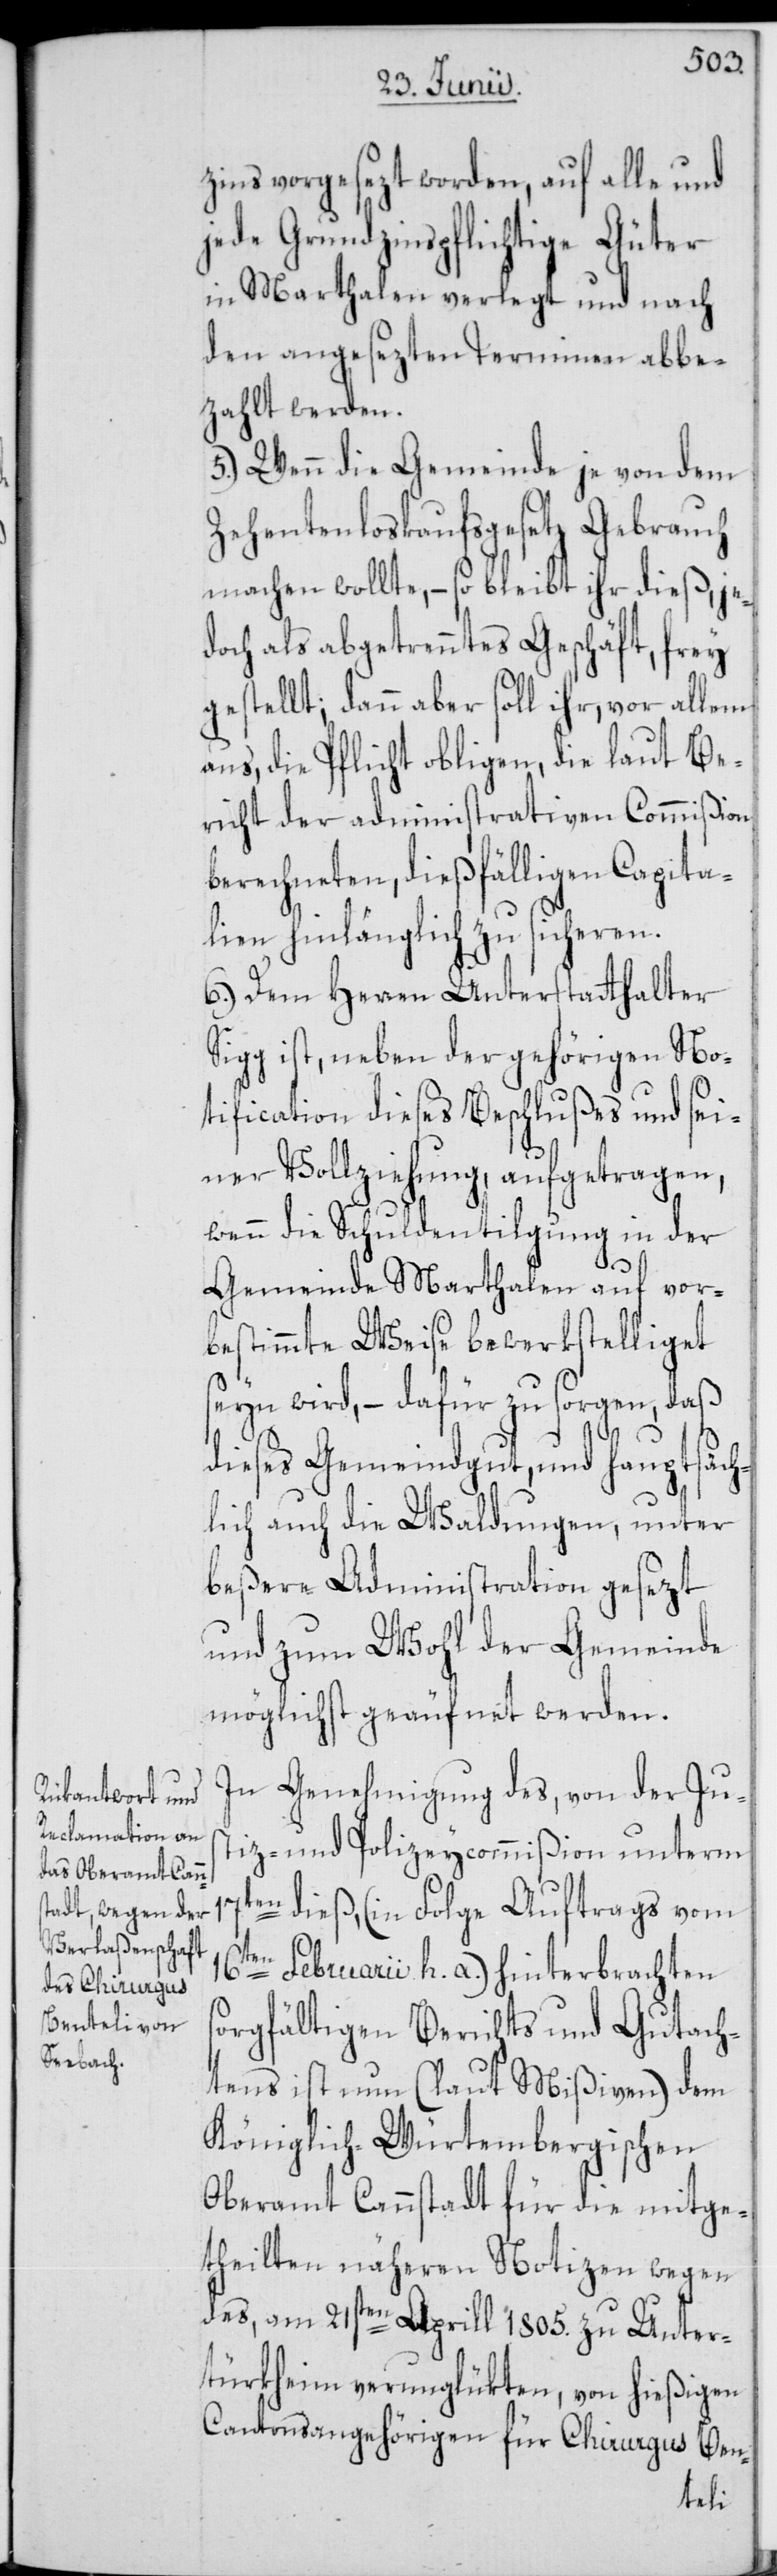
zins vorgesezt worden, auf alle und
jede Grundzinspflichtige Güter
in Marthalen verlegt und nach
den angesezten Terminen abbe¬
zahlt werden.
5.) Wenn die Gemeinde je von dem
Zehentenloskaufsgesetz Gebrauch
machen wollte, – so bleibt ihr dieß, je¬
doch als abgetrenntes Geschäft, frey
gestellt; dann aber soll ihr, vor allem
aus, die Pflicht obligen, die laut Be¬
richt der administrativen Commißion
berechneten, dießfälligen Capita¬
lien hinlänglich zu sicheren.
6.) Dem Herren Unterstatthalter
Sigg ist, neben der gehörigen No¬
tification dieses Beschlußes und sei¬
ner Vollziehung, aufgetragen,
wenn die Schuldentilgung in der
Gemeinde Marthalen auf vor¬
bestimmte Weise bewerkstelliget
seyn wird, – dafür zu sorgen, daß
dieses Gemeindgut, und hauptsäch¬
lich auch die Waldungen, unter
beßere Administration gesezt
und zum Wohl der Gemeinde
möglichst geäufnet werden.
In Genehmigung des, von der Jus¬
tiz- und Polizeycommißion unterm
17ten dieß, (in Folge Auftrags vom
16ten Februarii h. a.) hinterbrachten
sorgfältigen Berichts und Gutach¬
tens ist nun (laut Mißiven) dem
Königlich-Würtembergischen
Oberamt Cannstadt für die mitge¬
theilten näheren Notizen wegen
des, am 21sten Aprill 1805. zu Unter¬
türkheim verunglükten, von hießigen
Cantonsangehörigen für Chirurgus Ben-